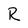
Character: R